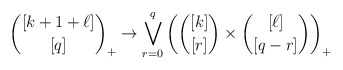
\begin{align*}{[k+1+\ell]\choose [q]}_+ \to \bigvee\limits_{r=0}^q \left({[k]\choose[r]}\times{[\ell]\choose[q-r]}\right)_+\end{align*}